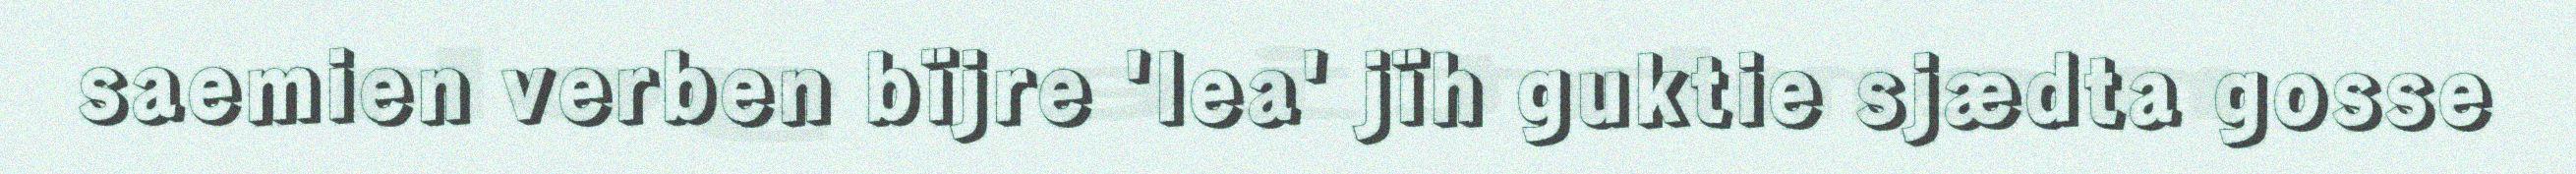
saemien verben bïjre 'lea' jïh guktie sjædta gosse